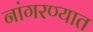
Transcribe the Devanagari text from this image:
नांगरण्यात